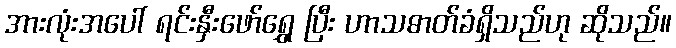
အားလုံးအပေါ် ရင်းနှီးဖော်ရွှေ ပြီး ဟာသဓာတ်ခံရှိသည်ဟု ဆိုသည်။